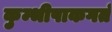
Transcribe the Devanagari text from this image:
कुम्भीपाकगतं